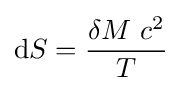
{\rm {d}}S={\frac {{\rm {\delta }}M\ c^{2}}{T}}